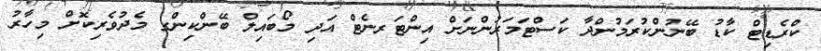
ކްރެޑިޓް ކާޑު ބޭނުންކުރަމުންދާ ކަސްޓަމަރުންނަށް އިންޓަރނެޓް އަދި މޯބައިލް ބޭންކިންގ މެދުވެރިކޮށް މިހާރު